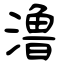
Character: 澛